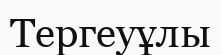
Тергеуұлы